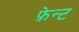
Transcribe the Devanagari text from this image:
फ़ेन्ट